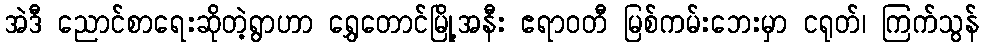
အဲဒီ ညောင်စာရေးဆိုတဲ့ရွာဟာ ရွှေတောင်မြို့အနီး ဧရာဝတီ မြစ်ကမ်းဘေးမှာ ငရုတ်၊ ကြက်သွန်